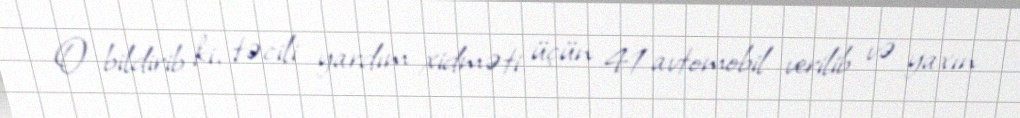
O bildirib ki, təcili yardım xidməti üçün 41 avtomobil verilib və yaxın